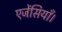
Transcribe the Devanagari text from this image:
एजेंसियाँ।